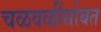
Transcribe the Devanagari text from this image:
चळवळींसोबत